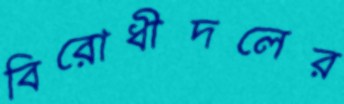
বিরোধীদলের